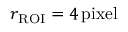
r _ { \mathrm { R O I } } = 4 \, \mathrm { p i x e l }